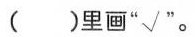
( )里画”√"。